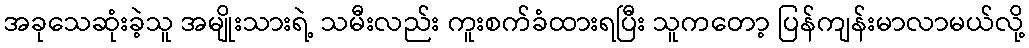
အခုသေဆုံးခဲ့သူ အမျိုးသားရဲ့ သမီးလည်း ကူးစက်ခံထားရပြီး သူကတော့ ပြန်ကျန်းမာလာမယ်လို့